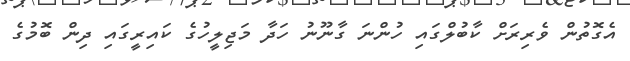
އެގޮތުން ވެރިރަށް ކާބުލްގައި ހުންނަ ގާނޫނު ހަދާ މަޖިލީހުގެ ކައިރީގައި ދިން ބޮމުގެ